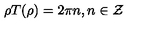
\rho T ( \rho ) = 2 \pi n , n \in { \cal Z }